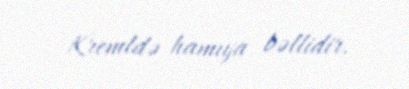
Kremldə hamıya bəllidir.